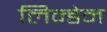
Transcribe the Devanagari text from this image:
लिन्डेन